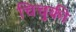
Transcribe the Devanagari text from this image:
चिचुकी